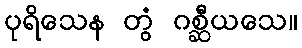
ပုရိသေန တွံ ဂစ္ဆီယသေ။